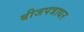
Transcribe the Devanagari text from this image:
बीजपत्राधर